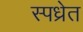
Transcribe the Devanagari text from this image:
स्पध्रेत